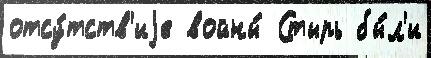
отсу́тств'иjе войны́ Стырь бы́л'и